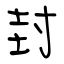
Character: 封